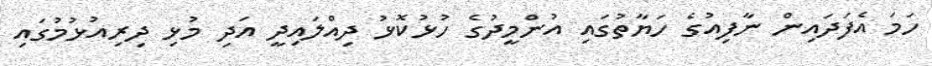
ހަމަ އެފަދައިން ނާފިއުގެ ހަޔާތުގައި އުންމީދުގެ ހުޅުކޮޅު ދިއްލައިދީ އަދި މުޅި ދިރިއުޅުމުގައި